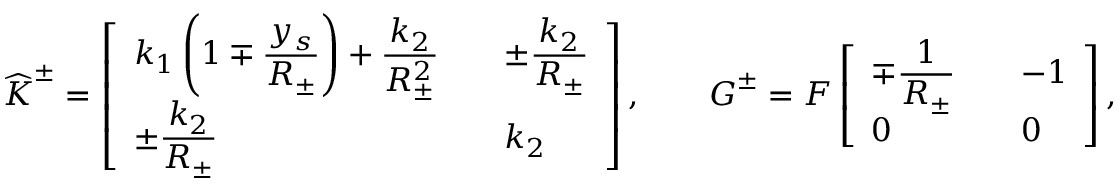
\widehat { \boldsymbol { K } } ^ { \pm } = \left[ \begin{array} { l l } { \displaystyle k _ { 1 } \left( 1 \mp \frac { y _ { s } } { R _ { \pm } } \right) + \frac { k _ { 2 } } { R _ { \pm } ^ { 2 } } \quad } & { \displaystyle \pm \frac { k _ { 2 } } { R _ { \pm } } } \\ { \displaystyle \pm \frac { k _ { 2 } } { R _ { \pm } } } & { k _ { 2 } } \end{array} \right] , \qquad \boldsymbol { G } ^ { \pm } = F \left[ \begin{array} { l l } { \displaystyle \mp \frac { 1 } { R _ { \pm } } \quad } & { \displaystyle - 1 } \\ { \displaystyle 0 } & { 0 } \end{array} \right] ,